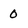
Character: 0